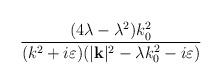
LaTeX: \begin{align*}\frac{(4\lambda -\lambda ^{2})k_{0}^{2}}{(k^{2}+i\varepsilon )(|\mathbf{k}|^{2}-\lambda k_{0}^{2}-i\varepsilon )}\end{align*}